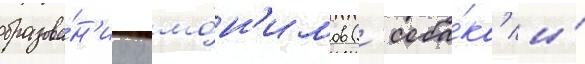
образова́н'иу омо́н'имов ('соба́ка' и́